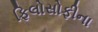
ફિલોસોફીના